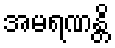
အမရဏန္တိ